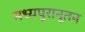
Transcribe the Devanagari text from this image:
मध्यपुरानूतन